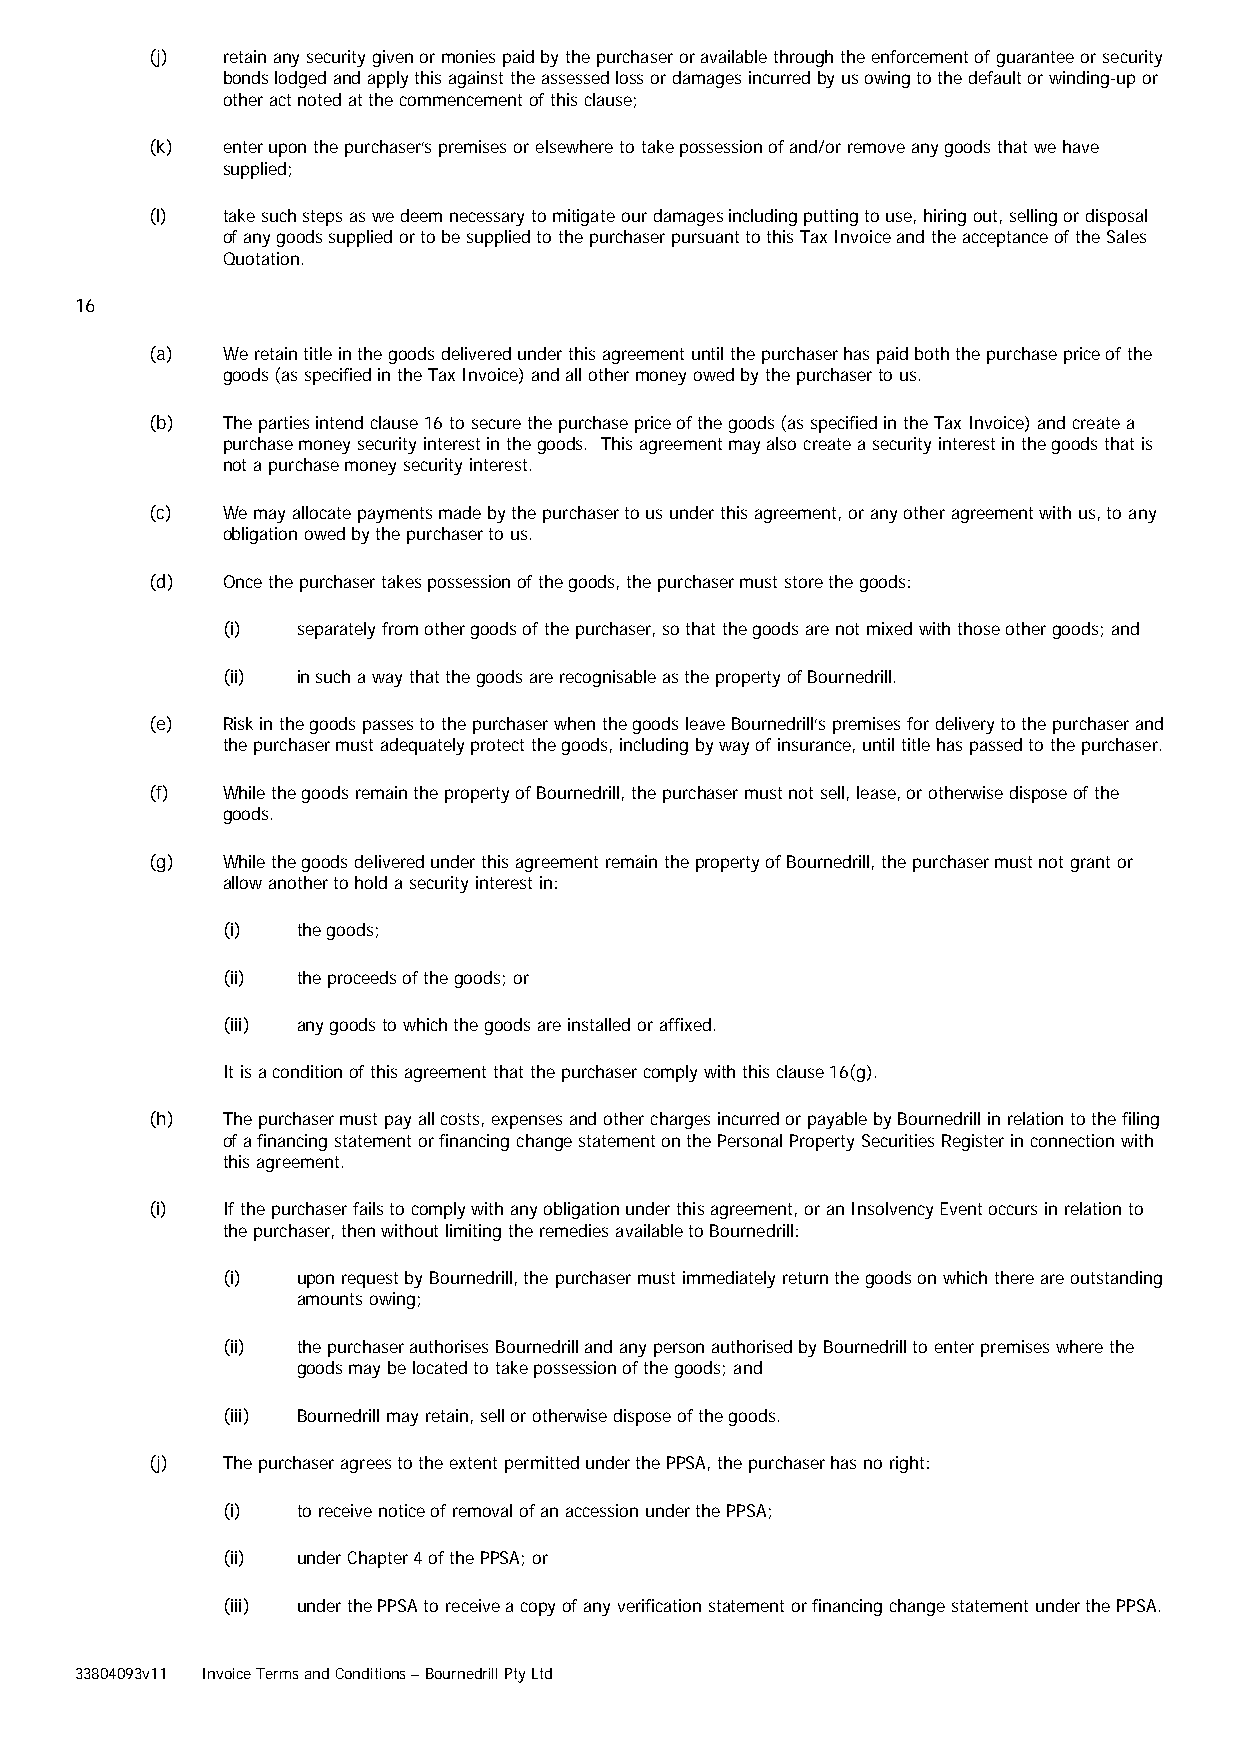
(j)  retain any security given or monies paid by the purchaser or available through the enforcement of guarantee or security
 bonds lodged and apply this against the assessed loss or damages incurred by us owing to the default or winding-up or
 other act noted at the commencement of this clause;
 (k)  enter upon the purchaser’s premises or elsewhere to take possession of and/or remove any goods that we have
 supplied;
 (l)  take such steps as we deem necessary to mitigate our damages including putting to use, hiring out, selling or disposal
 of any goods supplied or to be supplied to the purchaser pursuant to this Tax Invoice and the acceptance of the Sales
 Quotation.
 16
 (a)  We retain title in the goods delivered under this agreement until the purchaser has paid both the purchase price of the
 goods (as specified in the Tax Invoice) and all other money owed by the purchaser to us.
 (b)  The parties intend clause 16 to secure the purchase price of the goods (as specified in the Tax Invoice) and create a
 purchase money security interest in the goods. This agreement may also create a security interest in the goods that is
 not a purchase money security interest.
 (c)  We may allocate payments made by the purchaser to us under this agreement, or any other agreement with us, to any
 obligation owed by the purchaser to us.
 (d)  Once the purchaser takes possession of the goods, the purchaser must store the goods:
 (i)  separately from other goods of the purchaser, so that the goods are not mixed with those other goods; and
 (ii) in such a way that the goods are recognisable as the property of Bournedrill.
 (e)  Risk in the goods passes to the purchaser when the goods leave Bournedrill’s premises for delivery to the purchaser and
 the purchaser must adequately protect the goods, including by way of insurance, until title has passed to the purchaser.
 (f)  While the goods remain the property of Bournedrill, the purchaser must not sell, lease, or otherwise dispose of the
 goods.
 (g)  While the goods delivered under this agreement remain the property of Bournedrill, the purchaser must not grant or
 allow another to hold a security interest in:
 (i)  the goods;
 (ii) the proceeds of the goods; or
 (iii) any goods to which the goods are installed or affixed.
 It is a condition of this agreement that the purchaser comply with this clause 16(g).
 (h)  The purchaser must pay all costs, expenses and other charges incurred or payable by Bournedrill in relation to the filing
 of a financing statement or financing change statement on the Personal Property Securities Register in connection with
 this agreement.
 (i)  If the purchaser fails to comply with any obligation under this agreement, or an Insolvency Event occurs in relation to
 the purchaser, then without limiting the remedies available to Bournedrill:
 (i)  upon request by Bournedrill, the purchaser must immediately return the goods on which there are outstanding
 amounts owing;
 (ii) the purchaser authorises Bournedrill and any person authorised by Bournedrill to enter premises where the
 goods may be located to take possession of the goods; and
 (iii) Bournedrill may retain, sell or otherwise dispose of the goods.
 (j)  The purchaser agrees to the extent permitted under the PPSA, the purchaser has no right:
 (i)  to receive notice of removal of an accession under the PPSA;
 (ii) under Chapter 4 of the PPSA; or
 (iii) under the PPSA to receive a copy of any verification statement or financing change statement under the PPSA.
 33804093v11 Invoice Terms and Conditions – Bournedrill Pty Ltd